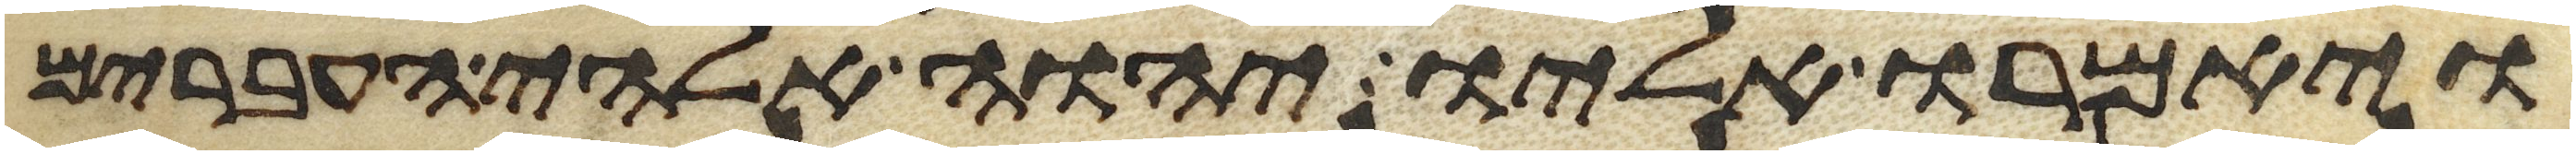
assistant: ויאמרו אליו יהוה אלהי העברים